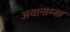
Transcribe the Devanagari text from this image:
अयानाम्सा